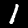
Label: 1